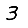
Digit: 3